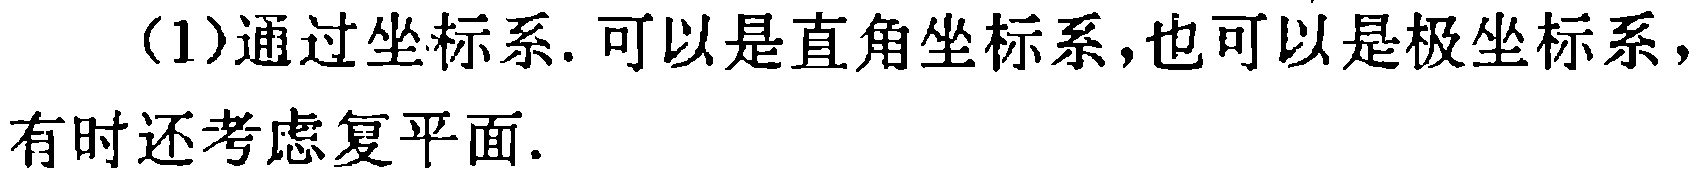
(1)通过坐标系. 可以是直角坐标系,也可以是极坐标系,有时还考虑复平面.